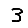
Digit: 3